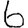
Digit: 6